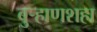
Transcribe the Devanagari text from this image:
बुर्‍हाणशहा